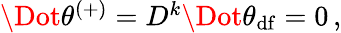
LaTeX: \begin{array}{r}{\Dot{\theta}^{(+)}=D^{k}\Dot{\theta}_{\mathrm{df}}=0\, ,}\end{array}